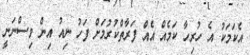
އެކަމަކު އެ ހުރިހާ ކަމެއް އެއް ފަރާތްކުރުމަށް ފަހު ނިއު އިން ވިސްނަނީ